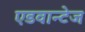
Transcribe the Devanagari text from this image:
एडवान्टेज